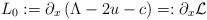
\begin{align*}L_0:=\partial_x\left(\Lambda-2u-c\right)=:\partial_x\mathcal{L}\end{align*}